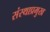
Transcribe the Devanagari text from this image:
संस्थाप्रमुख